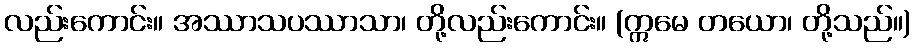
လည်းကောင်း။ အဿာသပဿာသာ၊ တို့လည်းကောင်း။ (ဣမေ တယော၊ တို့သည်။)